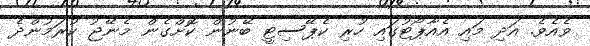
ވެއެވެ. އަދި މައި އެއާޕޯޓުގައި ހުރި ކެޕޭސިޓީ ބޭނުން ކޮށްގެން މެނޭޖު ކުރަމުންދެ